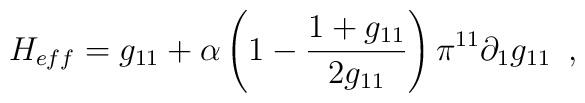
H_{eff}=g_{11}+ \alpha \left( 1-\frac{1+g_{11}}{2g_{11}} \right)\pi ^{11} \partial _1 g_{11}\,\,\, ,